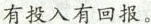
有投入有回报。